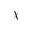
\chi